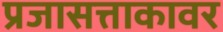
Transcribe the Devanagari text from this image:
प्रजासत्ताकावर